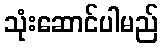
သုံးဆောင်ပါမည်